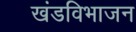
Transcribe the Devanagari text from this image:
खंडविभाजन